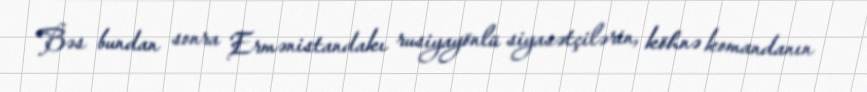
Bəs bundan sonra Ermənistandakı rusiyayönlü siyasətçilərin, köhnə komandanın